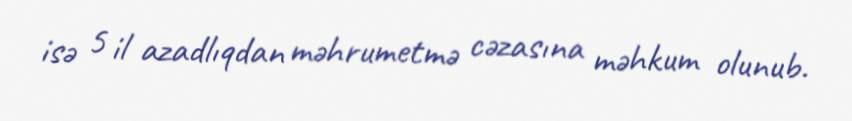
isə 5 il azadlıqdan məhrumetmə cəzasına məhkum olunub.